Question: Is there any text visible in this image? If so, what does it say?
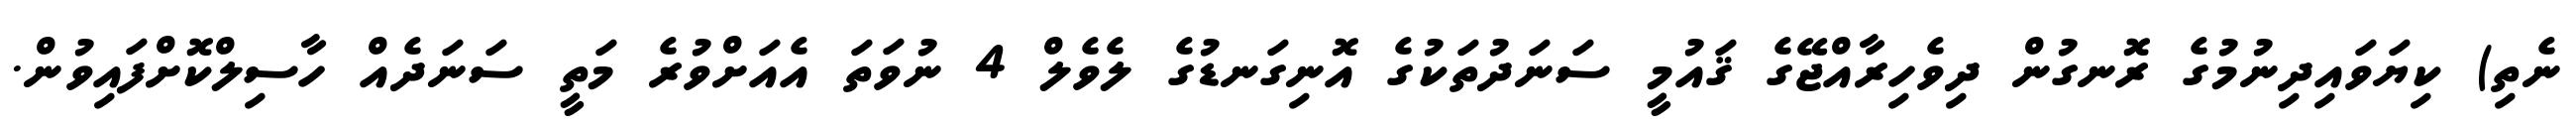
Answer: ނެތި) ކިޔަވައިދިނުމުގެ ރޮނގުން ދިވެހިރާއްޖޭގެ ޤައުމީ ސަނަދުތަކުގެ އޮނިގަނޑުގެ ލެވެލް 4 ނުވަތަ އެއަށްވުރެ މަތީ ސަނަދެއް ހާސިލްކޮށްފައިވުން.